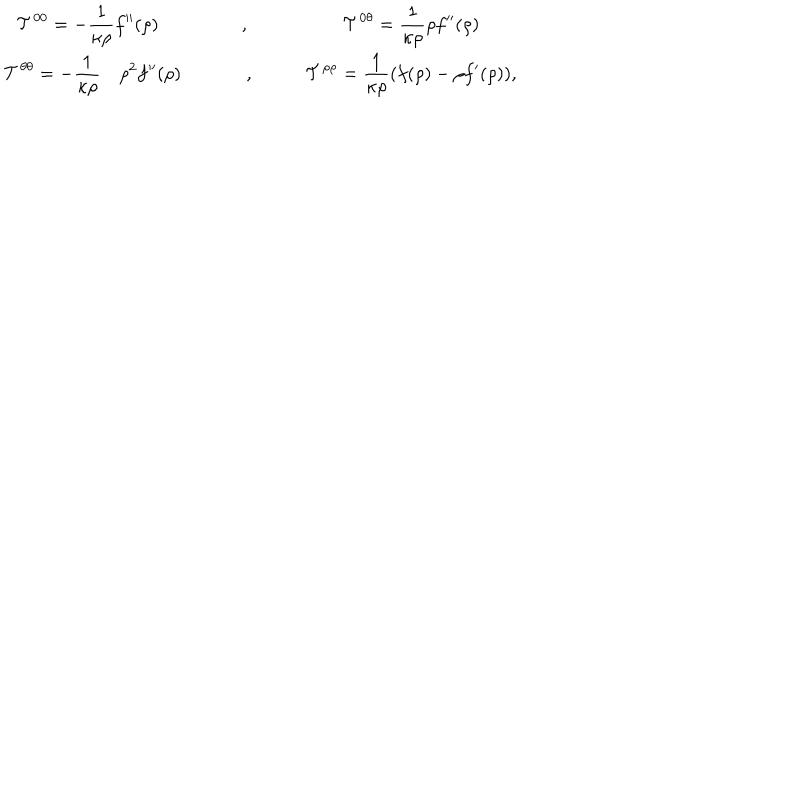
\begin{array} { c c c } { { { \cal T } ^ { 0 0 } = - \displaystyle { \frac { 1 } { \kappa \rho } } f ^ { \prime \prime } ( \rho ) } } & { { \ \ , \ } } & { { { \cal T } ^ { 0 \theta } = \displaystyle { \frac { 1 } { \kappa \rho } } \rho f ^ { \prime \prime } ( \rho ) } } \\ { { \ \ { \cal T } ^ { \theta \theta } = - \displaystyle { \frac { 1 } { \kappa \rho } } \rho ^ { 2 } f ^ { \prime \prime } ( \rho ) } } & { { \ \ , \ \ \ } } & { { { \cal T } ^ { \rho \rho } = \displaystyle { \frac { 1 } { \kappa \rho } } ( f ( \rho ) - \rho f ^ { \prime } ( \rho ) ) , } } \\ \end{array}